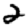
Digit: 2